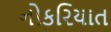
નોકરિયાત